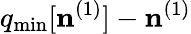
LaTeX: q_{\mathrm{min}}[{\mathbf n}^{(1)}]-{\mathbf n}^{(1)}